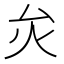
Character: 𤆃